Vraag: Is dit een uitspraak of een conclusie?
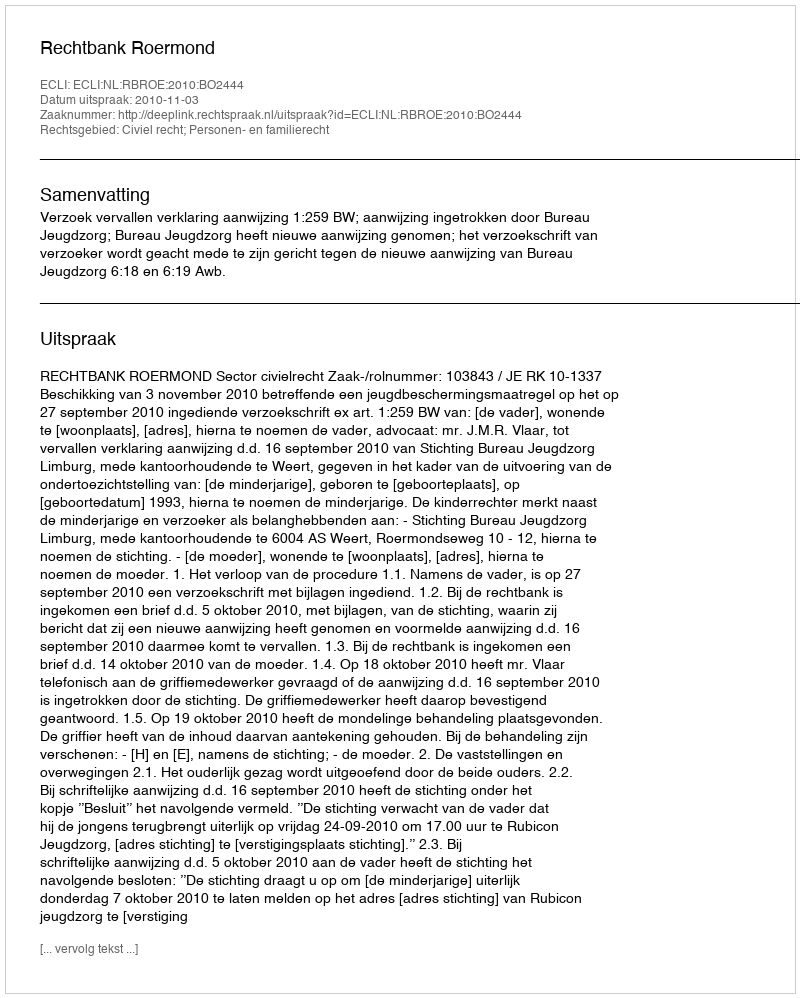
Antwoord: Uitspraak